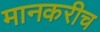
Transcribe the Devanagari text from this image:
मानकरीच